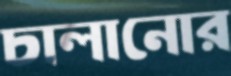
চালানোর